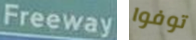
Freeway توفوا